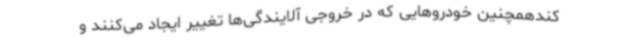
‌کندهمچنین خودروهایی که در خروجی آلایندگی‌ها تغییر ایجاد می‌کنند و